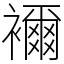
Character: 襧